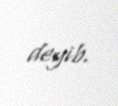
deyib.